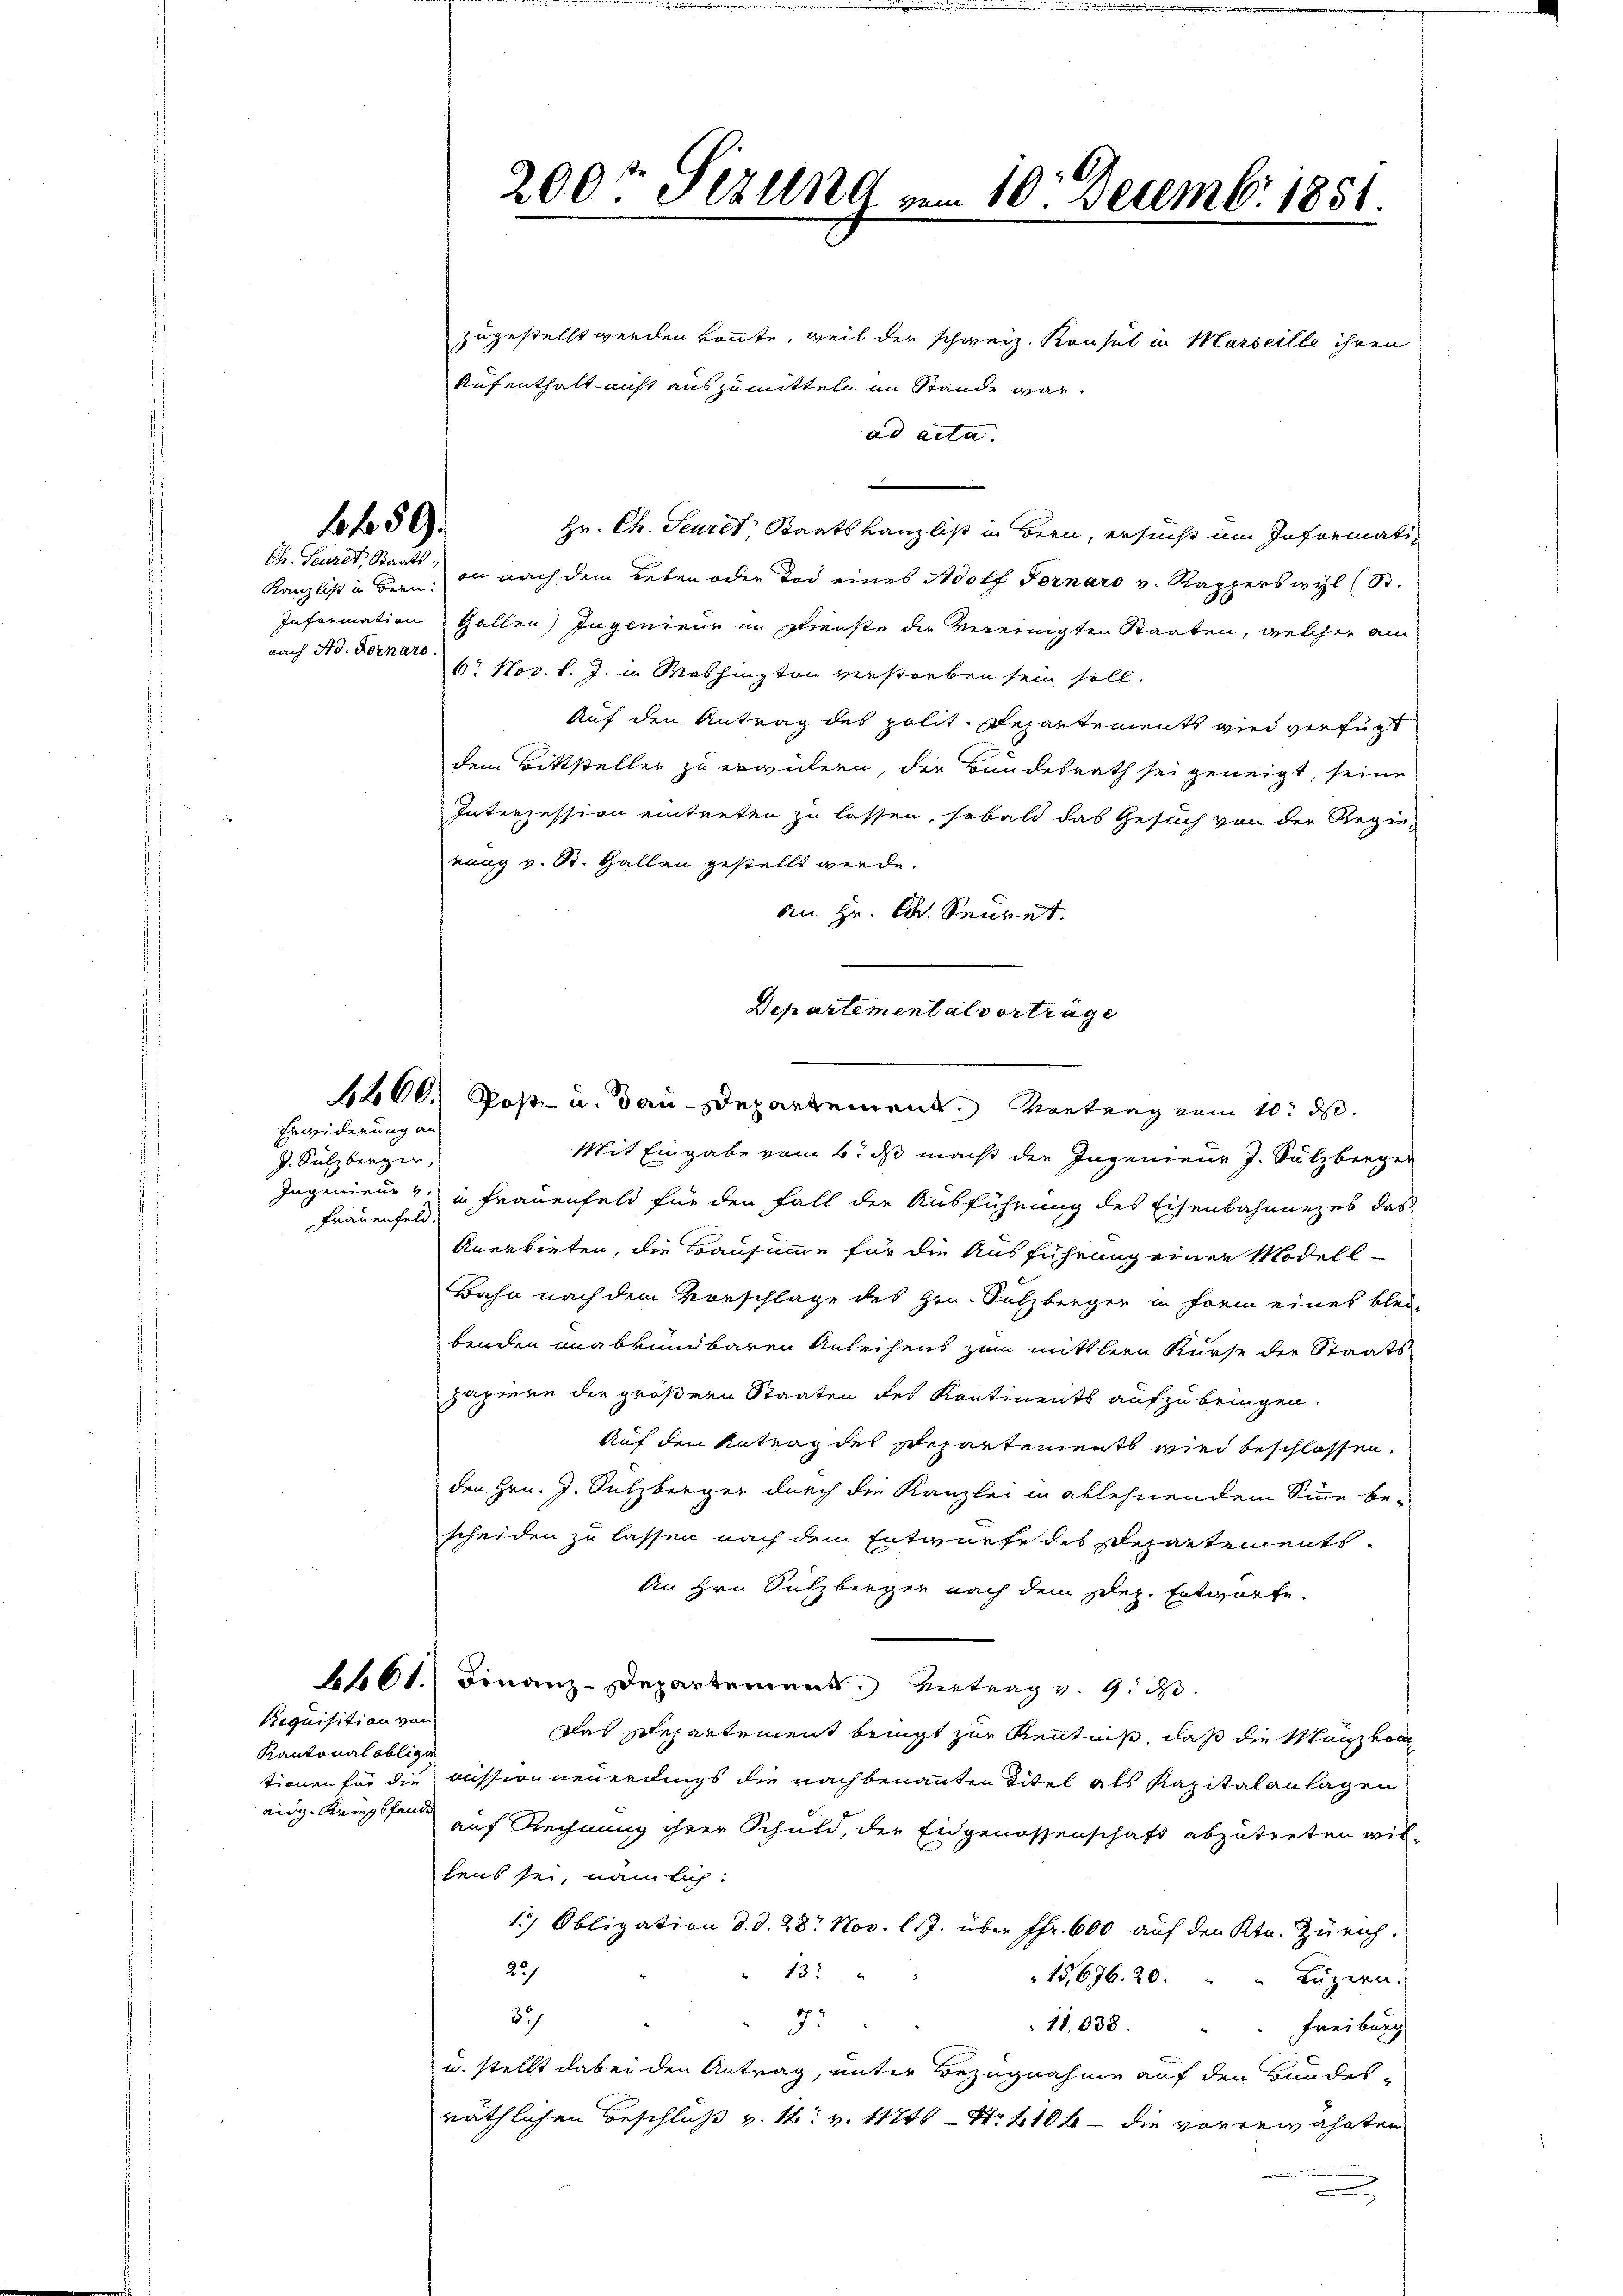
4 459.

Ch. Feuret, Staats¬
Kanzlist in Bern:
nach Ad. Fernaro

Erwiderung an
J. Sulzbergen,
Frauenfeld

Requisition von
Kantonal obliga
eidg. Kriegsfonde

200t Sezung vom 10. Decembr. 1851.

zugestellt werden könnte, weil der schweiz. Konsul in Marseille ihren
Aufenthalt nicht auszumitteln im Stande war,
ad acta.
Hr. Ch. Seuret, Staatskanzlist in Bern, ersucht im Information nach dem Leben oder Tod eines Adolf Fernaro v. Kapperswyl (St.
Information Gallen Ingenieur im Dienste der vereinigten Staaten, welcher ain
6. Nov. l. J. in Washington verstorben sein soll.
Auf den Antrag des polit. Departements wird verfügt
dem Bittsteller zu erwilern, der Bundesrath sei geneigt, seine
Interzession eintreten zu lassen, sobald das Gesuch von der Regie-
nung v. R. Gallen gestellt werde.
an Hr. C. Secret.
Departementalverträge

1200. Post- u. Bau-Departement. Vortrag vom 10. d.

Mit Eingabe vom 6. ds macht die Ingenieur J. Sulzberger
Ingenieur v. in Frauenfeld für den Fall der Ausführung des Eisenbahnnezes das
Anerbieten, die Bausumme für die Ausführung einer Modell-
Bahn nach dem Vorschlage des Hrn. Sulzberger in Form eines blei-
benden unabkündbaren Anleihens zum mittlern Kurse der Staats-
papiere der größern Staaten des Kontinents aufzubringen.
Auf den Antrag des Repartements wird beschlossen,
den Hrn. J. Sulzberger durch die Kanzlei in ablehnendem Sinne be-
scheiden zu lassen nach dem Entwurfe des Departements-
An Hrn. Sulzberger nach dem Sep. Entwurfe.
1661. Finanz-Departement. Betrag v. 9. d.
Das Departement bringt zur Kenntniß, daß die Manzkon
tionen für die mission neuerdings die nachbenannten Titel als Kapitalanlagen
auf Rechnung ihrer Schuld, der Eidgenossenschaft abzutreten wil
lens sei, nämlich:
1.) Obligation d. d. 28. Nov. l. J. über ffr. 600 auf den Ktn. Zürich.
22/
" 137
15,676. 20.
Luzern.
32/
75
11,638.
Freiburg
u. stellt dabei den Antrag, unter Bezugnahme auf den Bundesräthlichen Beschluß v. M. v. 11715 S. 2106 - die vorerwähnten